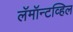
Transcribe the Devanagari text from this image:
लॅमॉन्टव्हिल